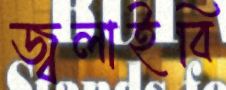
জ্বলাইবি